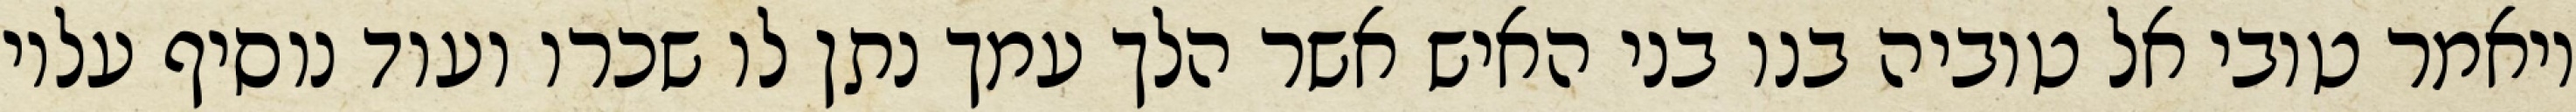
ויאמר טובי אל טוביה בנו בני האיש אשר הלך עמך נתן לו שכרו ועוד נוסיף עליו